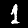
Digit: 1